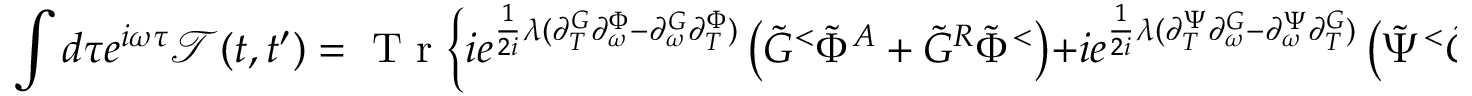
\int d \tau e ^ { i \omega \tau } \mathcal { T } ( t , t ^ { \prime } ) = \mathrm { ~ T ~ r ~ } \Big \{ i e ^ { \frac { 1 } { 2 i } \lambda ( \partial _ { T } ^ { G } \partial _ { \omega } ^ { \Phi } - \partial _ { \omega } ^ { G } \partial _ { T } ^ { \Phi } ) } \left( \tilde { G } ^ { < } \tilde { \Phi } ^ { A } + \tilde { G } ^ { R } \tilde { \Phi } ^ { < } \right) + i e ^ { \frac { 1 } { 2 i } \lambda ( \partial _ { T } ^ { \Psi } \partial _ { \omega } ^ { G } - \partial _ { \omega } ^ { \Psi } \partial _ { T } ^ { G } ) } \left( \tilde { \Psi } ^ { < } \tilde { G } ^ { A } + \tilde { \Psi } ^ { R } \tilde { G } ^ { < } \right) \Big \} ,